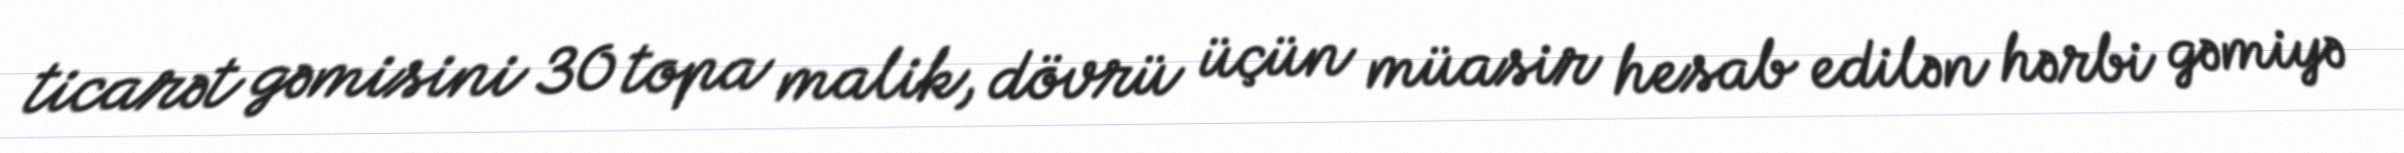
ticarət gəmisini 30 topa malik, dövrü üçün müasir hesab edilən hərbi gəmiyə